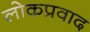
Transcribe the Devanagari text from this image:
लोकप्रवाद